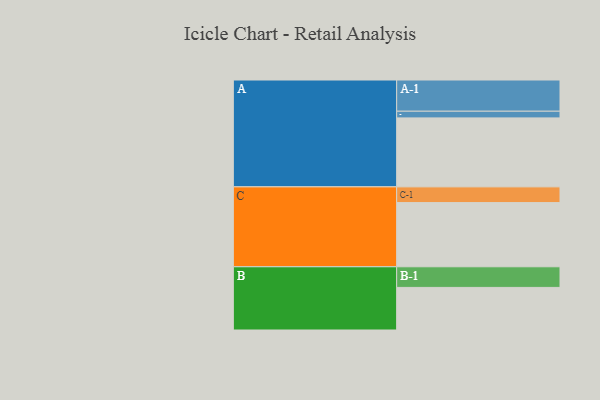
{"axis": {"x": "Segment", "y": "Value"}, "legend": ["", "A", "B", "C"], "data": [{"x": "A", "y": 588, "type": ""}, {"x": "B", "y": 363, "type": ""}, {"x": "C", "y": 547, "type": ""}, {"x": "A-1", "y": 266, "type": "A"}, {"x": "A-2", "y": 57, "type": "A"}, {"x": "B-1", "y": 176, "type": "B"}, {"x": "C-1", "y": 134, "type": "C"}]}